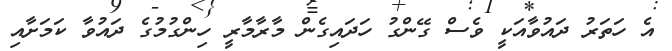
އެ ހަތަރު ދައުވާއަކީ ވެސް ގޭންގު ހަދައިގެން މާރާމާރީ ހިންގުމުގެ ދައުވާ ކަމަށާއި